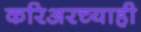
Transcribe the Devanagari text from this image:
करिअरच्याही